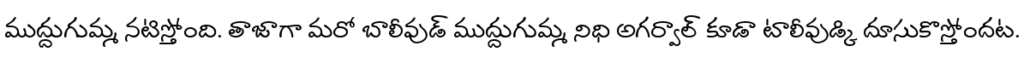
ముద్దుగుమ్మ నటిస్తోంది. తాజాగా మరో బాలీవుడ్ ముద్దుగుమ్మ నిధి అగర్వాల్ కూడా టాలీవుడ్కి దూసుకొస్తోందట.